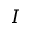
{ \cal I }